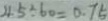
4 5 \div 6 0 = 0 . 7 5